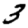
Digit: 3